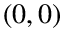
( 0 , 0 )